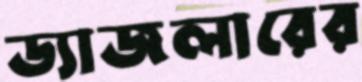
ড্যাজলারের